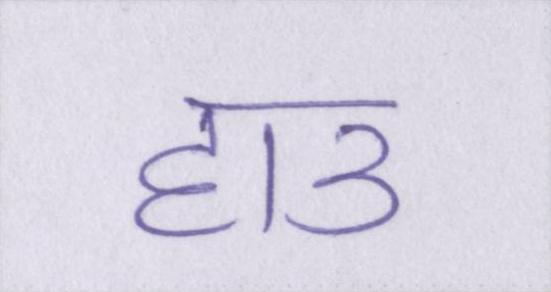
हाउ